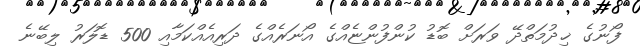
ފޯނުގެ ޚިދުމަތްދޭ ވަރަށް ބޮޑު ކުންފުންޏެއްގެ އޯނަރެއްގެ ދަރިއެއްކަމާއި 500 ޑޮލަރު ލިބޭނެ